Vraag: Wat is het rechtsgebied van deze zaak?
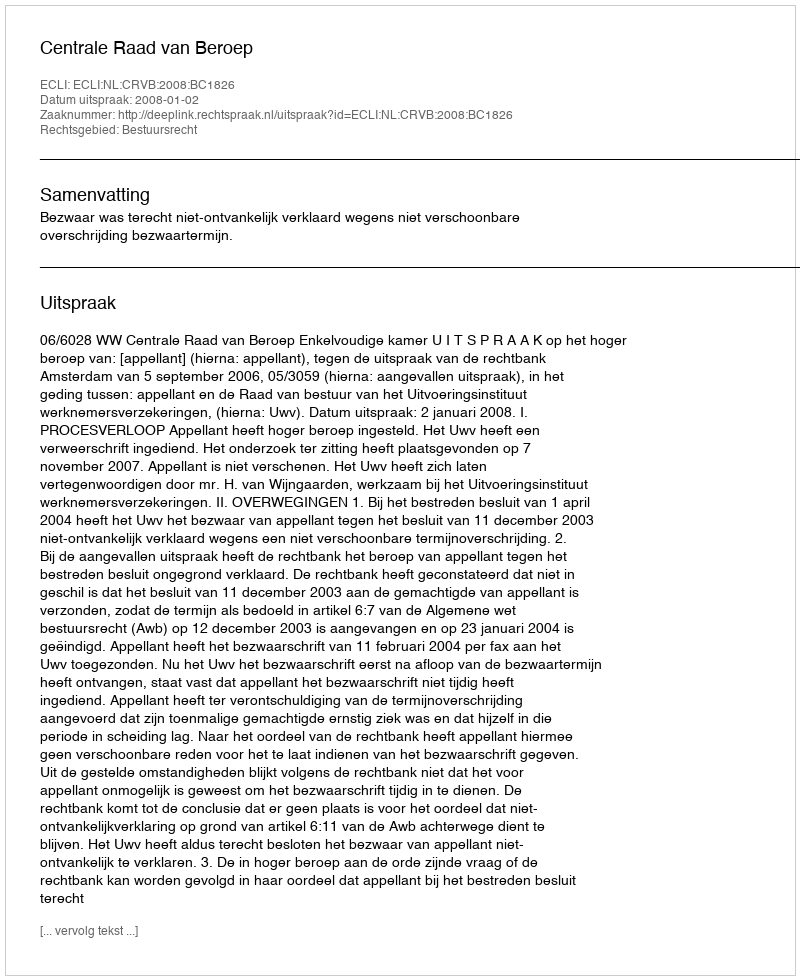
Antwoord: Bestuursrecht